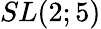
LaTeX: SL(2;5)